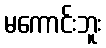
မကောင်းဘူး